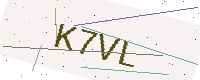
Text: K7VL